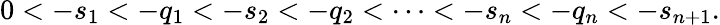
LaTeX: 0<-s_{1}<-q_{1}<-s_{2}<-q_{2}<\cdots<-s_{n}<-q_{n}<-s_{n+1}.